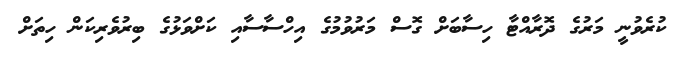
ކުރެވުނީ މަރުގެ ދޮރާއްޓާ ހިސާބަށް ގޮސް މަރުވުމުގެ އިހްސާސާއި ކަށްވަޅުގެ ބިރުވެރިކަން ހިތަށް